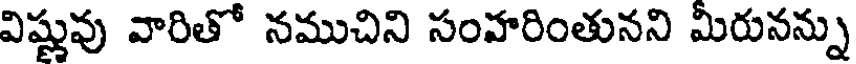
విష్ణువు వారితో నముచిని సంహరింతునని మీరునన్ను